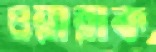
ওয়ারাক